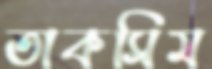
তাকসিম